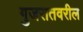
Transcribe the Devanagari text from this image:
गुजरातवरील